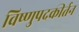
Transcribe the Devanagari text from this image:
विष्णुपदकीर्तन